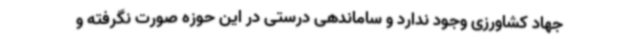
جهاد کشاورزی وجود ندارد و ساماندهی درستی در این حوزه صورت نگرفته و